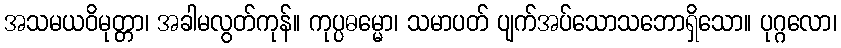
အသမယဝိမုတ္တာ၊ အခါမလွတ်ကုန်။ ကုပ္ပဓမ္မော၊ သမာပတ် ပျက်အပ်သောသဘောရှိသော။ ပုဂ္ဂလော၊